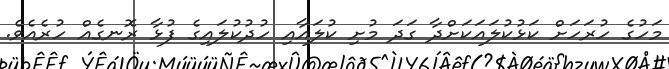
މަހުގެ ހުރަހަށް ކަޅުކުލައަކަށްދާ ގަދަ މުށި ކުލައާއި ހުދުކުލައިގެ ފުޅާ ރޮނގެއް ހުރެއެވެ.